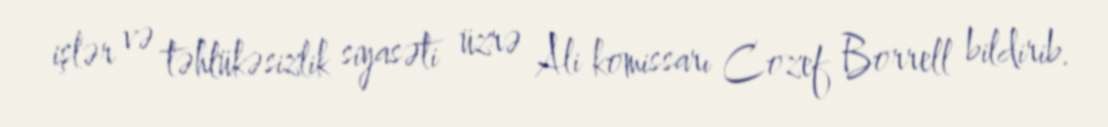
işlər və təhlükəsizlik siyasəti üzrə Ali komissarı Cozef Borrell bildirib.